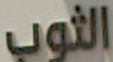
الثوب